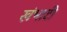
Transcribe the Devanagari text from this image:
खंभाटी